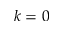
k = 0